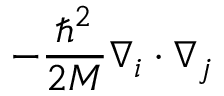
- { \frac { \hbar ^ { 2 } } { 2 M } } \nabla _ { i } \cdot \nabla _ { j }